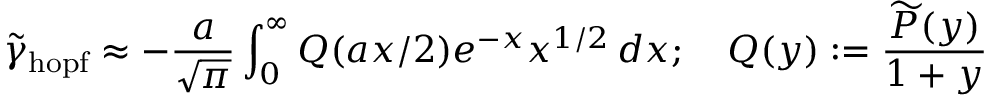
\widetilde \gamma _ { \mathrm { h o p f } } \approx - \frac { a } { \sqrt { \pi } } \int _ { 0 } ^ { \infty } Q ( a x / 2 ) e ^ { - x } x ^ { 1 / 2 } \, d x ; \quad Q ( y ) : = \frac { \widetilde { P } ( y ) } { 1 + y }